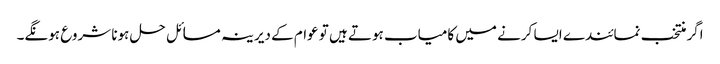
اگر منتخب نمائندے ایسا کرنے میں کامیاب ہوتے ہیں تو عوام کے دیرینہ مسائل حل ہونا شروع ہونگے۔